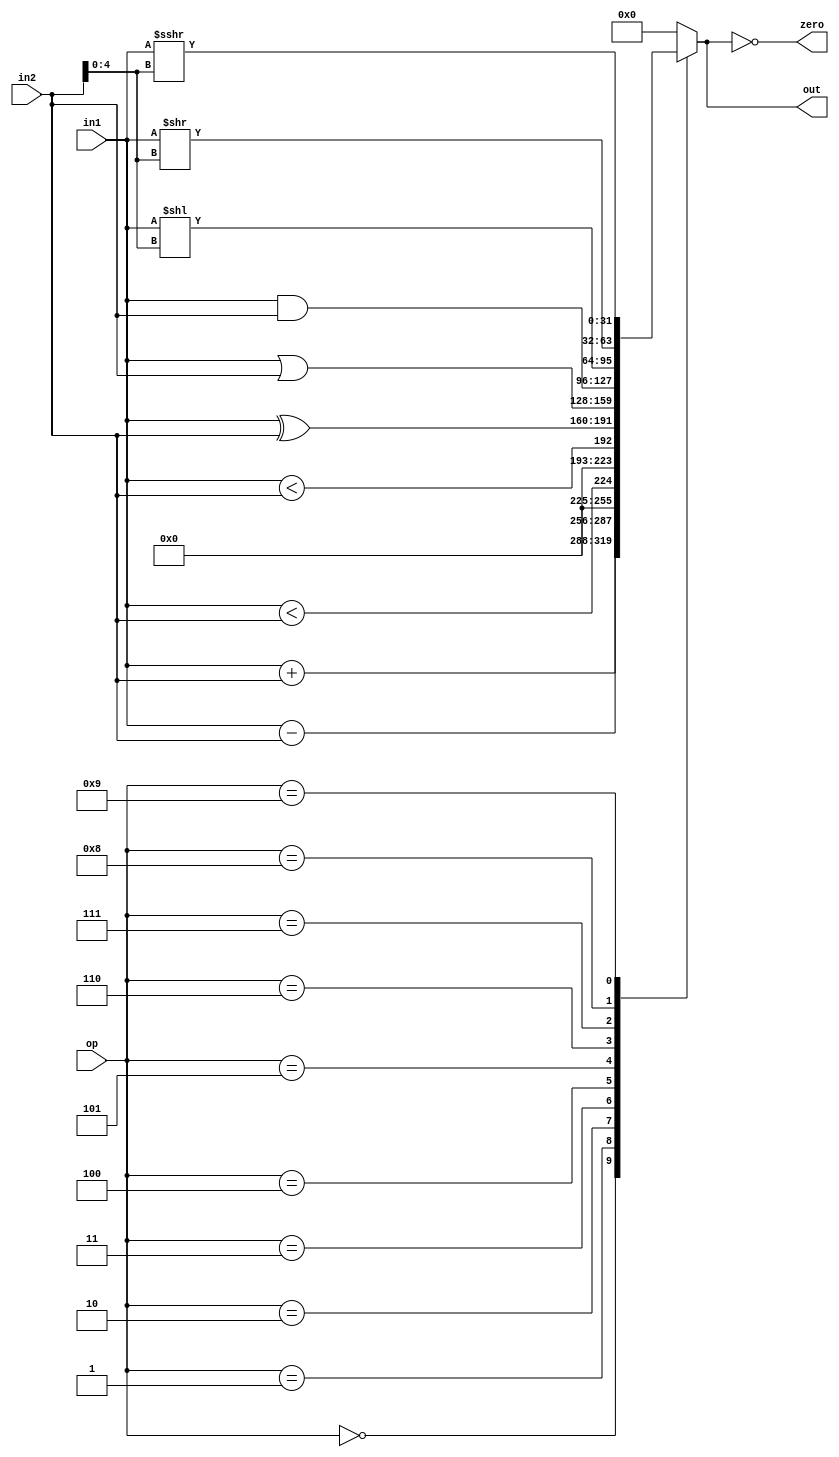
module alu(
    input [31:0] in1,		// First operand
    input [31:0] in2,		// Second operand
    input [3:0] op,			// opcode encoding 
    output reg [31:0] out,	// Output value
	output zero
    );
	
    assign zero = (out == 0);   // plays a role to indicate whether to branch or not in pc.v module

	always @(*) begin

        case(op)
			0 : out <= in1 + in2;
			1 : out <= in1 - in2;
            2 : out <= $signed(in1) < $signed(in2); // signed comparison 
            3 : out <= in1 < in2;                   //unsigned comparison
			4 : out <= in1 ^ in2;
			5 : out <= in1 | in2;
			6 : out <= in1 & in2;
			7 : out <= in1 << in2[4:0];
			8 : out <= in1 >> in2[4:0];
			9 : out <= $signed(in1) >>> in2[4:0];
            default: out<= 0;
			endcase
    end
	
endmodule